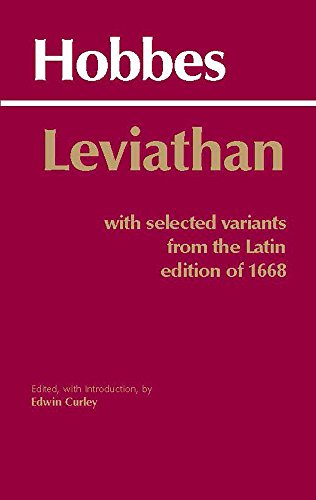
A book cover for Leviathan: With selected variants from the Latin edition of 1668 (Hackett Classics); Thomas Hobbes; Politics & Social Sciences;